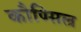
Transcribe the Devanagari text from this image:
कौण्सिल्र